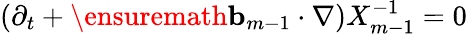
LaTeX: (\partial_{t}+\ensuremath{\mathbf{b}}_{m-1}\cdot\nabla)X_{m-1}^{-1}=0